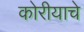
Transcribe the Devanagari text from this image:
कोरीयाचे